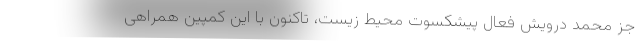
جز محمد درویش فعال پیشکسوت محیط زیست، تاکنون با این کمپین همراهی